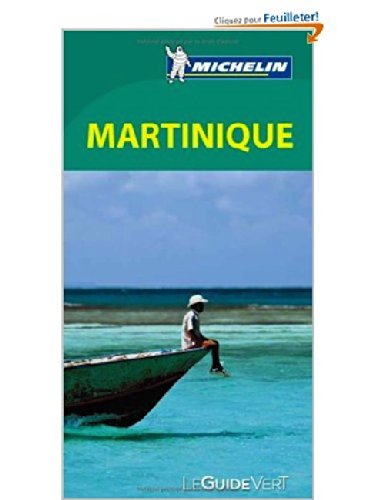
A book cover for Michelin Guide to Martinique (French Edition); Travel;